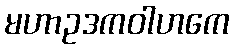
မဟာဥဒကဝါဟကေ